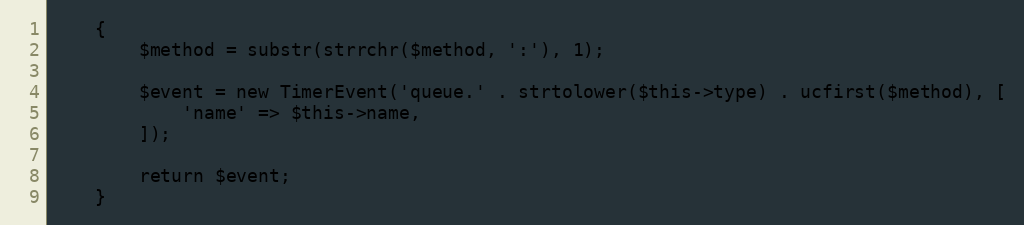
Language: PHP
    {
        $method = substr(strrchr($method, ':'), 1);

        $event = new TimerEvent('queue.' . strtolower($this->type) . ucfirst($method), [
            'name' => $this->name,
        ]);

        return $event;
    }